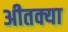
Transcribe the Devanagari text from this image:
अीतक्या